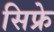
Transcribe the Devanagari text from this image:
सिफ्रे